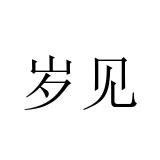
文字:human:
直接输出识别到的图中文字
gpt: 岁见